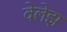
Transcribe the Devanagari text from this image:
वेलेझ